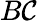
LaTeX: B\mathcal{C}